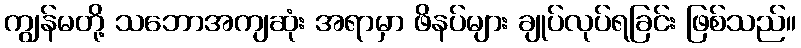
ကျွန်မတို့ သဘောအကျဆုံး အရာမှာ ဖိနပ်များ ချုပ်လုပ်ရခြင်း ဖြစ်သည်။